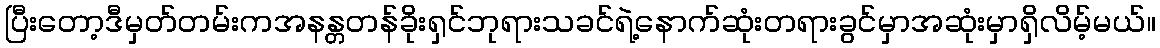
ပြီးတော့ဒီမှတ်တမ်းကအနန္တတန်ခိုးရှင်ဘုရားသခင်ရဲ့နောက်ဆုံးတရားခွင်မှာအဆုံးမှာရှိလိမ့်မယ်။